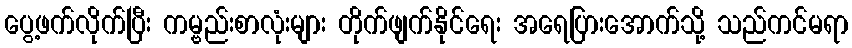
ပွေ့ဖက်လိုက်ပြီး ကမ္ဗည်းစာလုံးများ တိုက်ဖျက်နိုင်ရေး အရေပြားအောက်သို့ သည်ကင်မရာ